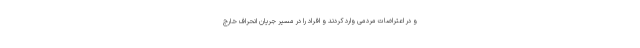
و در اعتراضات مردمی وارد کردند و افراد را در مسیر جریان انحراف خارج